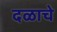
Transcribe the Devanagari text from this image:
दळाचे